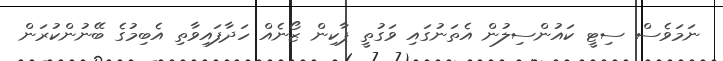
ނަމަވެސް ސިޓީ ކައުންސިލުން އެތަނުގައި ވަގުތީ ޕާކިން ޒޯނެއް ހަދާފައިވާތި އެބިމުގެ ބޭނުންކުރަން